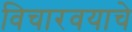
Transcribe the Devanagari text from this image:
विचारवयाचे